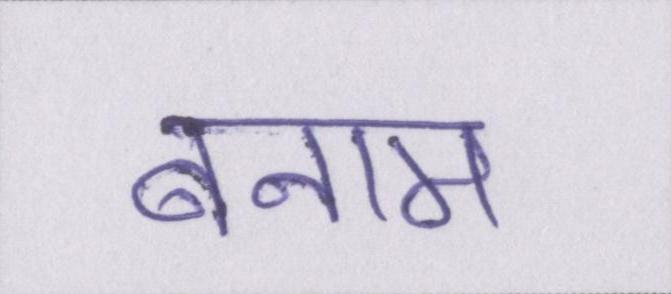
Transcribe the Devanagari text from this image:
बनाम